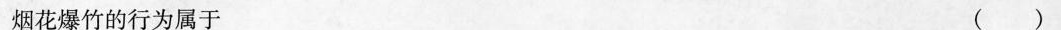
烟花爆竹的行为属于 ( )